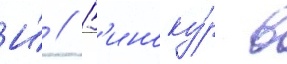
И́ // В'иноку́р в